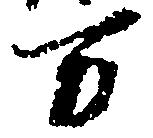
万